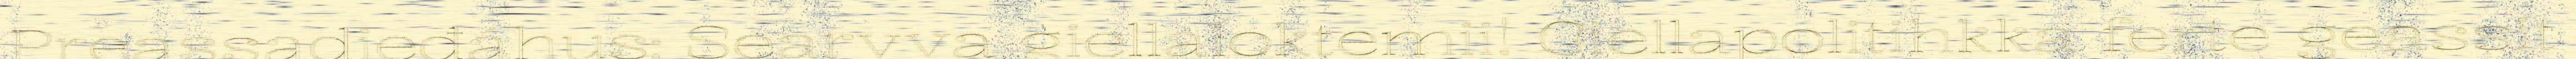
Preassadieđáhus: Searvva giellaloktemii! Giellapolitihkka ferte geassit